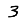
Digit: 3